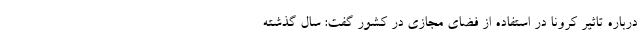
درباره تاثیر کرونا در استفاده از فضای مجازی در کشور گفت: سال گذشته